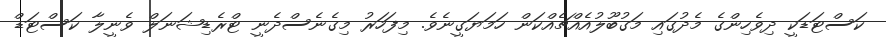
ކަސްޓަޑަކީ ދިވެހިންގެ މެދުގައި މަގުބޫލުއެއްޗެއްކަން ހަމަޔަގީނެވެ. މިފަހަރު މިގެނެސްދެނީ ޓްރެޑިޝަނަލް ވެނީލާ ކަސްޓަޑް